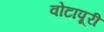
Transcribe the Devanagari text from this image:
वोटापूरी